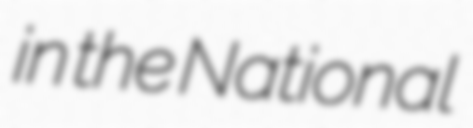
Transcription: in the National